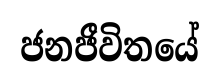
ජනජීවිතයේ